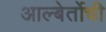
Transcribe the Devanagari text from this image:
आल्बेर्तोची